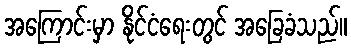
အကြောင်းမှာ နိုင်ငံရေးတွင် အခြေခံသည်။